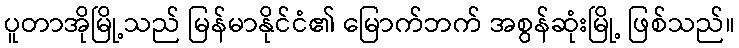
ပူတာအိုမြို့သည် မြန်မာနိုင်ငံ၏ မြောက်ဘက် အစွန်ဆုံးမြို့ ဖြစ်သည်။